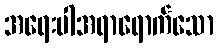
အရေးပါအရာရောက်သော